Lunatic asylums United Provinces 1909-1921 - 1909-1921
Year: 1909
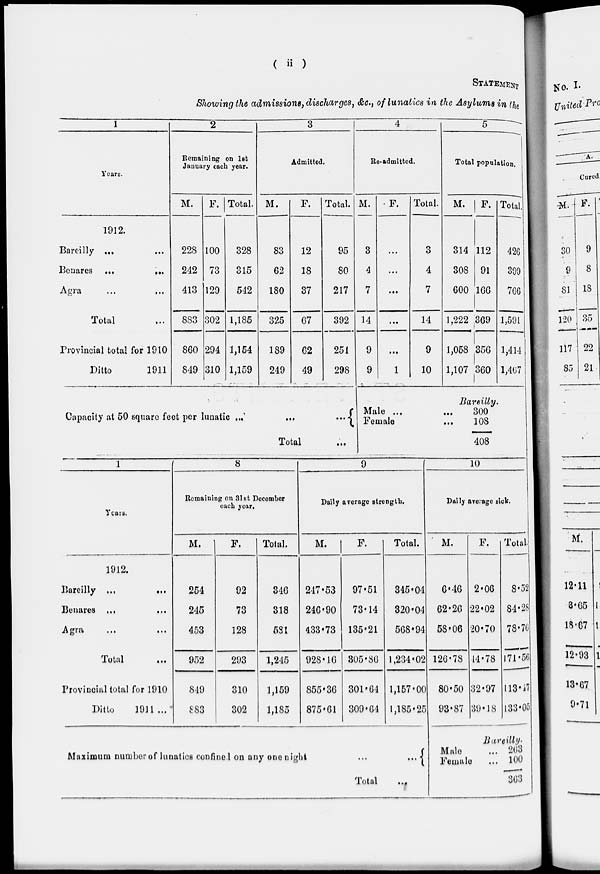
( ii )
STATEMENT
Showing the admissions, discharges, &c., of lunatics in the Asylums in the
1
Years.
1912.
Bareilly ... ...
Benares ...
...
Agra ... ...
Total ...
Provincial total for 1910
Ditto
1911
2
Remaining on 1st
January each year.
M.
228
242
413
883
860
849
F.
100
73
129
302
294
310
Total.
328
315
542
1,185
1,154
1,159
3
Admitted.
M.
83
62
180
325
189
249
F.
12
18
37
67
62
49
Total.
95
80
217
392
251
298
Capacity at 50 square feet per lunatic ...
...
...
Total ...
4
Re-admitted.
M.
3
4
7
14
9
9
F.
...
...
...
...
...
1
Total.
3
4
7
14
9
10
5
Total population.
M.
314
308
600
1,222
1,058
1,107
F.
112
91
166
369
356
360
Total.
426
399
766
1,591
1,414
1,467
Bareilly.
Male ... ...
Female ...
300
108
408
1
Years.
1912.
Bareilly ...
...
Benares ... ...
Agra ... ...
Total ...
Provincial total for 1910
Ditto
1911 ...
8
Remaining on 31st December
each year.
M.
254
245
453
952
849
883
F.
92
73
128
293
310
302
Total.
346
318
581
1,245
1,159
1,185
9
Daily average strength.
M.
247.53
246.90
433.73
928.16
855.36
875.61
F.
97.51
73.14
135.21
305.86
301.64
309.64
Total.
345.04
320.04
568.94
1,234.02
1,157.00
1,185.25
Maximum number of lunatics confined on any one night
...
...
Total
...
10
Daily average sick.
M.
6.46
62.26
58.06
126.78
80.50
93.87
F.
2.06
22.02
20.70
44.78
32.97
39.18
Total.
8.52
84.28
78.76
171.56
113.17
133.05
Bareilly.
Male ...
Female ...
263
100
363